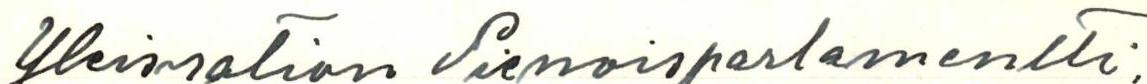
Yleisration Pienoisparlamentti.